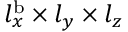
l _ { x } ^ { \mathrm { b } } \times l _ { y } \times l _ { z }